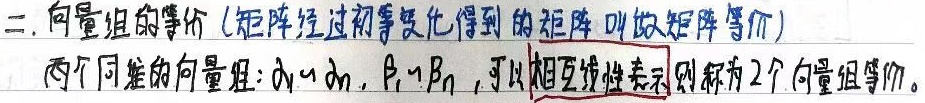
二. 向量组的等价(矩阵经过初等变换得到的矩阵叫做矩阵等价)
两个同维的向量组：\(\alpha_1,\cdots,\alpha_n\)，\(\beta_1,\cdots,\beta_n\)，可以相互线性表示则称为2个向量组等价。